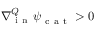
\nabla { } _ { \mathrm { ~ i ~ n ~ } } ^ { Q } \boldsymbol \psi _ { \mathrm { ~ c ~ a ~ t ~ } } > 0